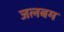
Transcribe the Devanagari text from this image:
जलबम